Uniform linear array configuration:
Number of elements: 48
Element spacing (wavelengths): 0.75
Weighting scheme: exponential
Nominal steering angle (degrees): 15
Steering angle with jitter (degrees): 16.525
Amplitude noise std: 0.05
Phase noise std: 0.05

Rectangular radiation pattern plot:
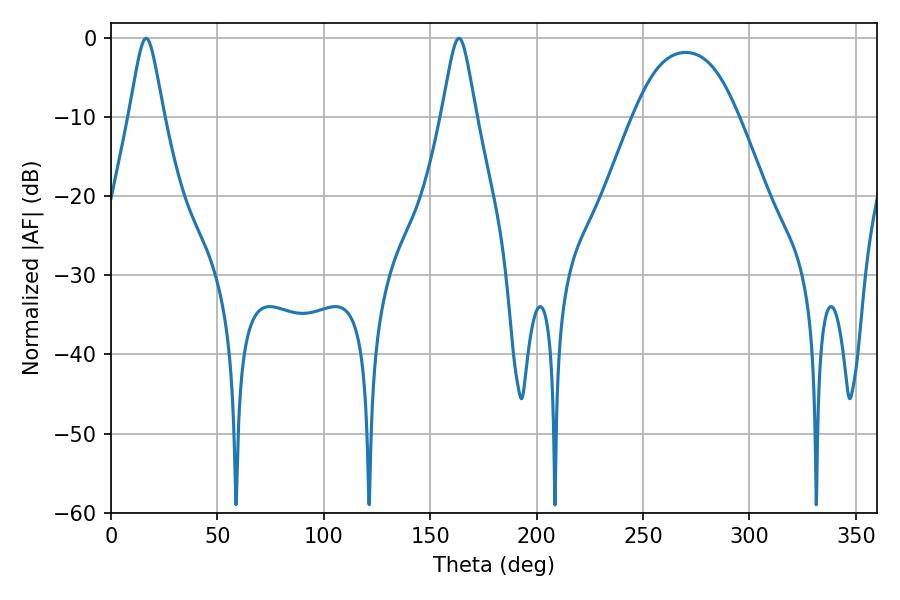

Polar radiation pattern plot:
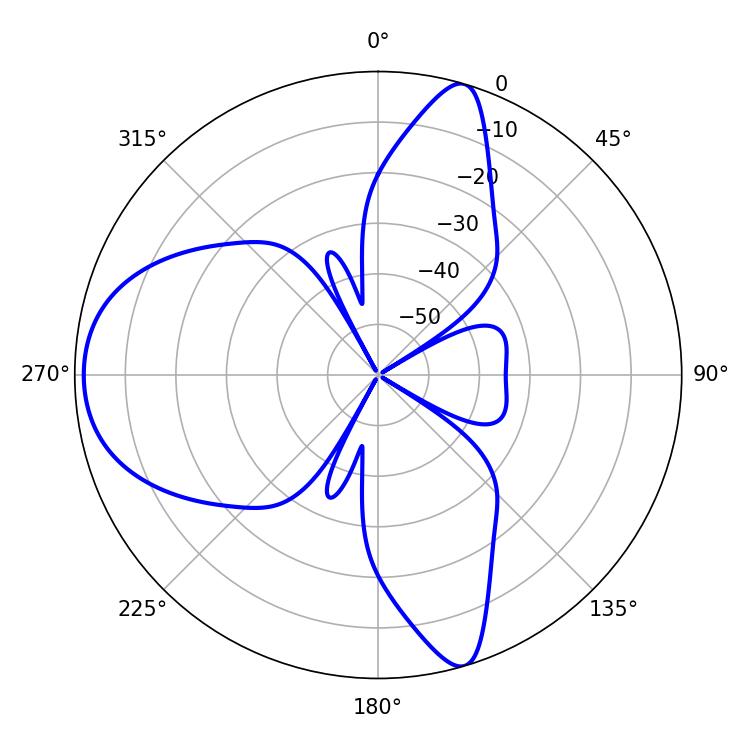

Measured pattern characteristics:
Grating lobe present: TRUE
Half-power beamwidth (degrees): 7.74
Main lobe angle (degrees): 16.56